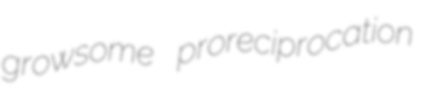
growsome proreciprocation